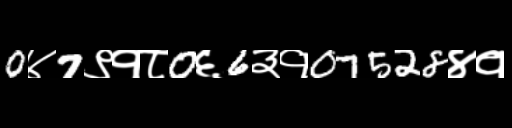
Text: 0४7९१८0६6३१07528४१